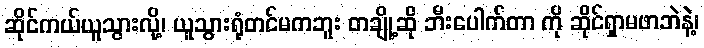
ဆိုင်ကယ်ယူသွားလို့၊ ယူသွားရုံတင်မကဘူး တချို့ဆို ဘီးပေါက်တာ ကို ဆိုင်ရှာမဖာဘဲနဲ့၊